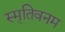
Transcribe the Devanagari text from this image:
स्मृतिवनम